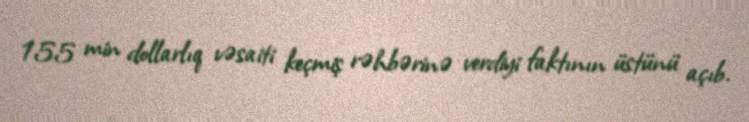
155 min dollarlıq vəsaiti keçmiş rəhbərinə verdiyi faktının üstünü açıb.